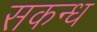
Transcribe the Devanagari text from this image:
सकन्ध